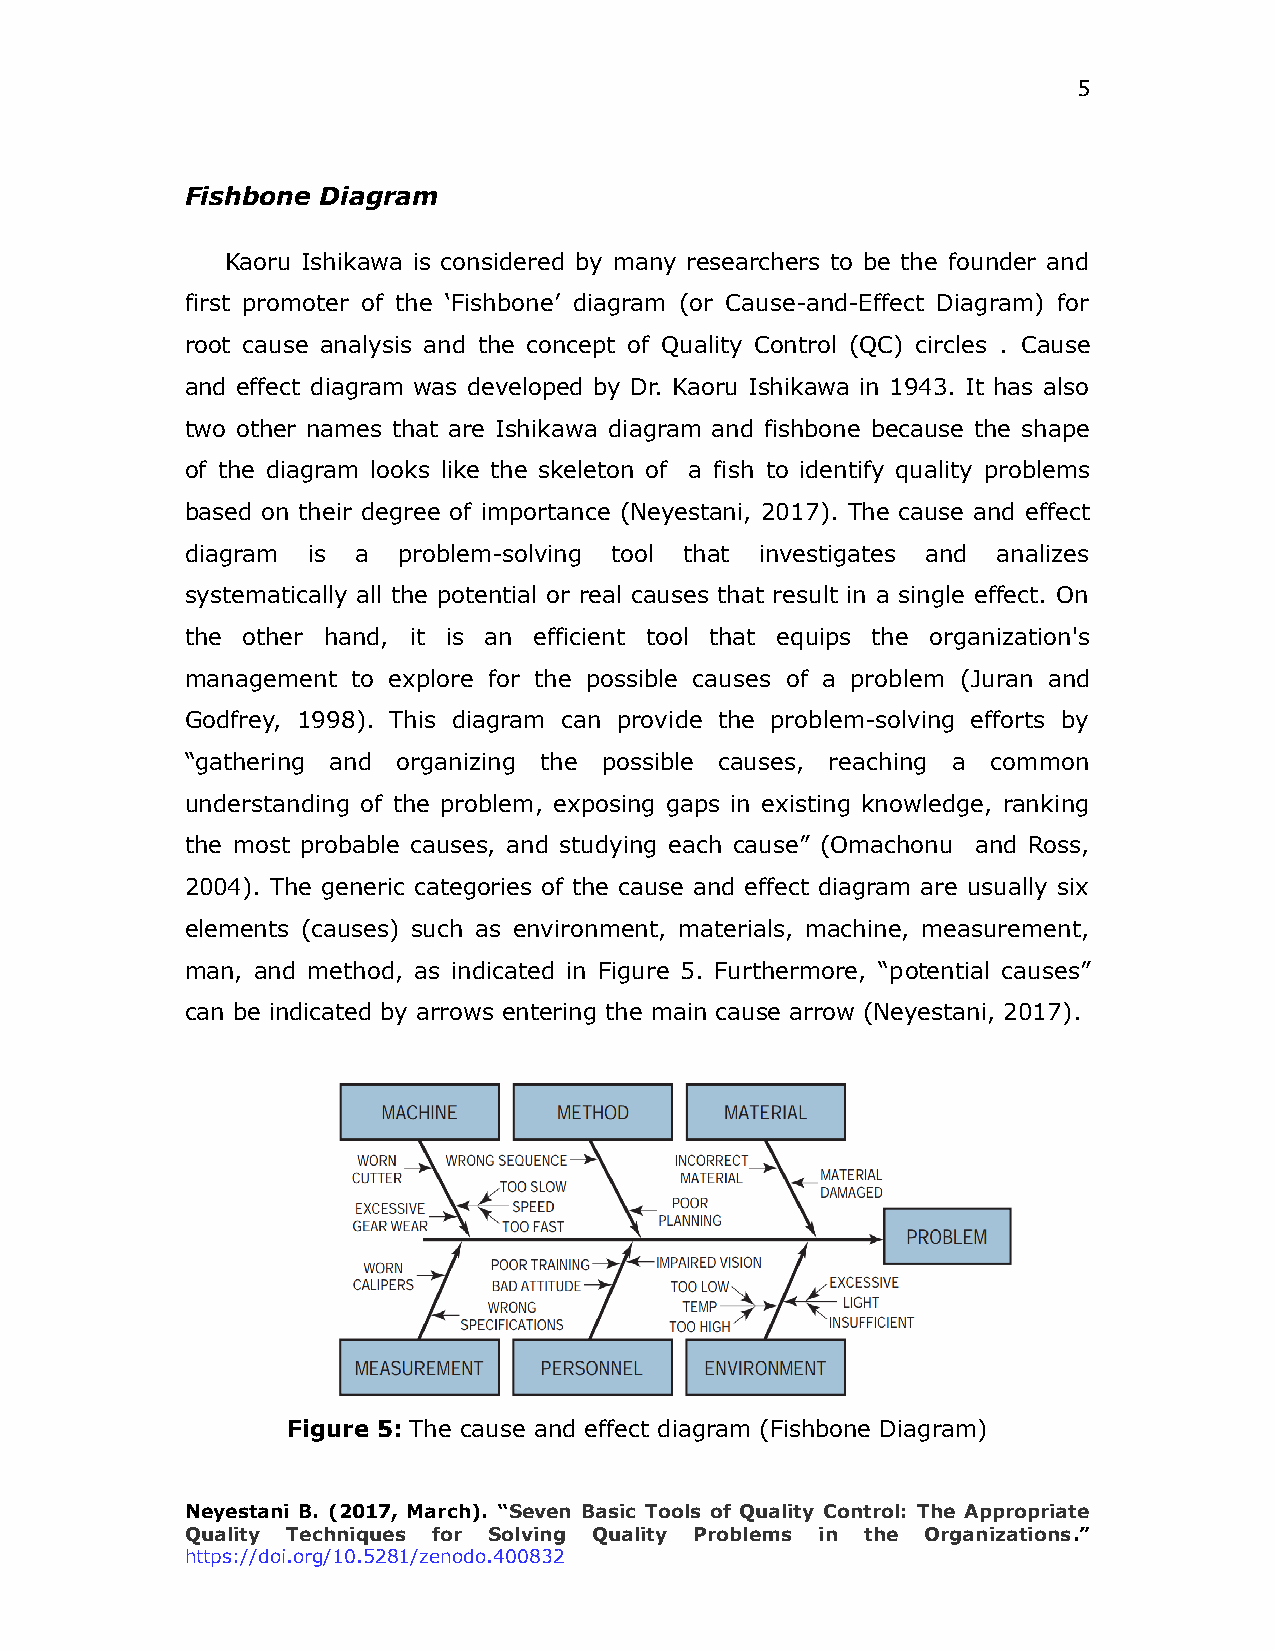
5
 Fishbone Diagram
 Kaoru Ishikawa is considered by many researchers to be the founder and
 first promoter of the ‘Fishbone’ diagram (or Cause-and-Effect Diagram) for
 root cause analysis and the concept of Quality Control (QC) circles . Cause
 and effect diagram was developed by Dr. Kaoru Ishikawa in 1943. It has also
 two other names that are Ishikawa diagram and fishbone because the shape
 of the diagram looks like the skeleton of a fish to identify quality problems
 based on their degree of importance (Neyestani, 2017). The cause and effect
 diagram is  a problem-solving tool that investigates and analizes
 systematically all the potential or real causes that result in a single effect. On
 the other hand, it is an efficient tool that equips the organization's
 management to explore for the possible causes of a problem (Juran and
 Godfrey, 1998). This diagram can provide the problem-solving efforts by
 “gathering and organizing the possible causes, reaching a common
 understanding of the problem, exposing gaps in existing knowledge, ranking
 the most probable causes, and studying each cause” (Omachonu and Ross,
 2004). The generic categories of the cause and effect diagram are usually six
 elements (causes) such as environment, materials, machine, measurement,
 man, and method, as indicated in Figure 5. Furthermore, “potential causes”
 can be indicated by arrows entering the main cause arrow (Neyestani, 2017).
 Figure 5: The cause and effect diagram (Fishbone Diagram)
 Neyestani B. (2017, March). “Seven Basic Tools of Quality Control: The Appropriate
 Quality Techniques for Solving Quality Problems in the Organizations.”
 https://doi.org/10.5281/zenodo.400832